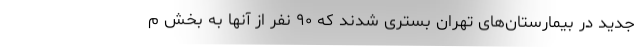
جدید در بیمارستان‌های تهران بستری شدند که ۹۰ نفر از آنها به بخش م